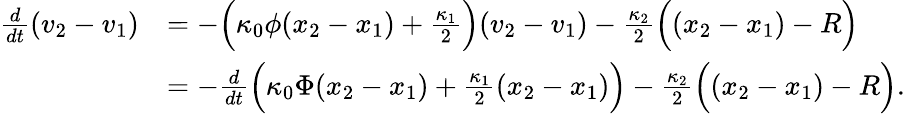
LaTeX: \begin{array}{r}{\begin{array}{rl}{\frac{d}{dt}(v_{2}-v_{1})}&{=-\Big(\kappa_{0}\phi(x_{2}-x_{1})+\frac{\kappa_{1}}{2}\Big)(v_{2}-v_{1})-\frac{\kappa_{2}}{2}\Big((x_{2}-x_{1})-R\Big)}\\ &{=-\frac{d}{dt}\Big(\kappa_{0}\Phi(x_{2}-x_{1})+\frac{\kappa_{1}}{2}(x_{2}-x_{1})\Big)-\frac{\kappa_{2}}{2}\Big((x_{2}-x_{1})-R\Big).}\end{array}}\end{array}